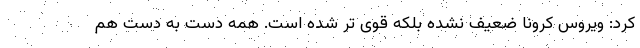
کرد: ویروس کرونا ضعیف نشده بلکه قوی تر شده است. همه دست به دست هم